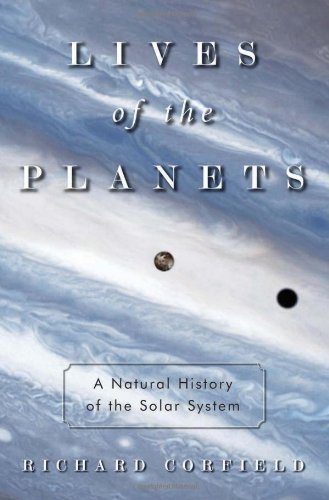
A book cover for Lives of the Planets: A Natural History of the Solar System; Richard Corfield; Science & Math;